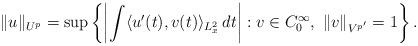
LaTeX: \begin{align*}\|u\|_{U^p} = \sup\left\{ \left| \int \langle u'(t),v(t)\rangle_{L^2_x}\,dt \right| : v\in C^\infty_0,\ \|v\|_{V^{p'}}=1 \right\}.\end{align*}